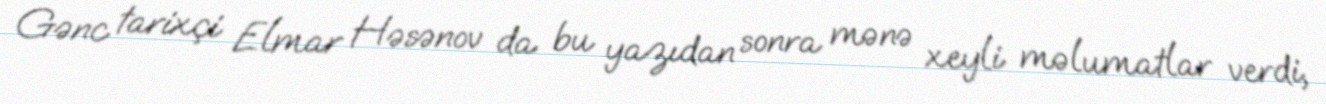
Gənc tarixçi Elmar Həsənov da bu yazıdan sonra mənə xeyli məlumatlar verdi,